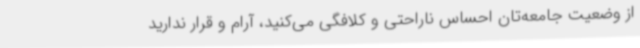
از وضعیت جامعه‌تان احساس ناراحتی و کلافگی می‌کنید، آرام و قرار ندارید